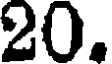
20.